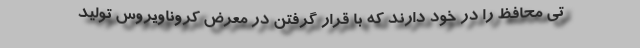
تی محافظ را در خود دارند که با قرار گرفتن در معرض کروناویروس تولید